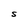
Character: S